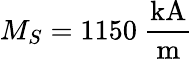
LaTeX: M_{S}=1150~\mathrm{\frac{kA}{m}}